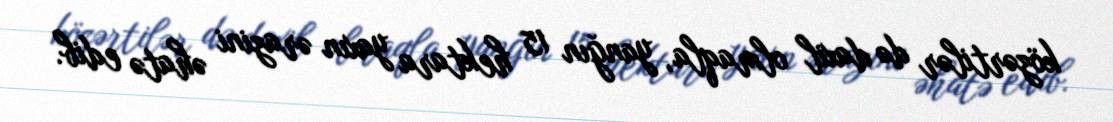
közərtilər də daxil olmaqla, yanğın 15 hektara yaxın ərazini əhatə edib.